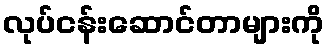
လုပ်ငန်းဆောင်တာများကို